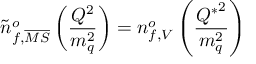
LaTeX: { \tilde { n } } _ { f , { \overline { { { M S } } } } } ^ { o } \left( \frac { Q ^ { 2 } } { m _ { q } ^ { 2 } } \right) = n _ { f , V } ^ { o } \left( \frac { { Q ^ { * } } ^ { 2 } } { m _ { q } ^ { 2 } } \right)